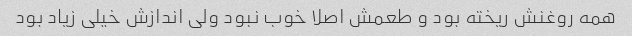
همه روغنش ریخته بود و طعمش اصلا خوب نبود ولی اندازش خیلی زیاد بود